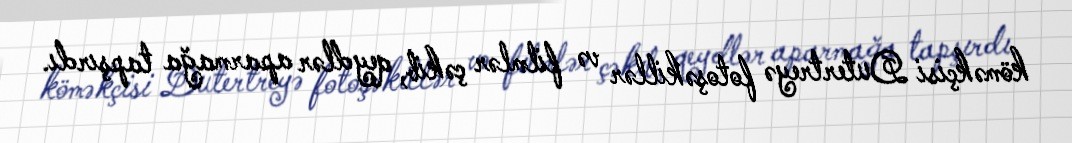
köməkçisi Dutertreyə fotoşəkillər və filmlər çəkib, qeydlər aparmağa tapşırdı.